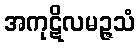
အကုဋိလမဉ္ဇသံ